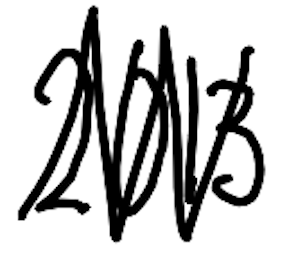
Text: 2013
Cross-out: zig-zag
Writing tool: digital_black